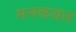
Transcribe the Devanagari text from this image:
मनकबत